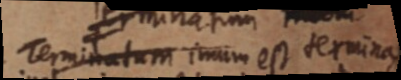
Terminatum imum est termina